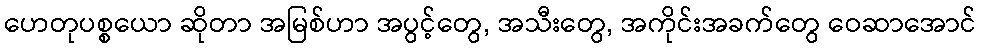
ဟေတုပစ္စယော ဆိုတာ အမြစ်ဟာ အပွင့်တွေ, အသီးတွေ, အကိုင်းအခက်တွေ ဝေဆာအောင်